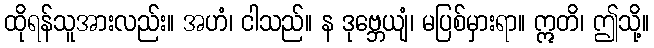
ထိုရန်သူအားလည်း။ အဟံ၊ ငါသည်။ န ဒုဗ္ဘေယျံ၊ မပြစ်မှားရာ။ ဣတိ၊ ဤသို့။